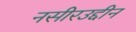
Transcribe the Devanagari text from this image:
नसीरउद्दीन